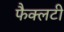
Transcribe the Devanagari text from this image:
फैक्‍लटी